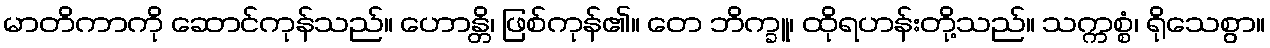
မာတိကာကို ဆောင်ကုန်သည်။ ဟောန္တိ၊ ဖြစ်ကုန်၏။ တေ ဘိက္ခူ၊ ထိုရဟန်းတို့သည်။ သက္ကစ္စံ၊ ရိုသေစွာ။